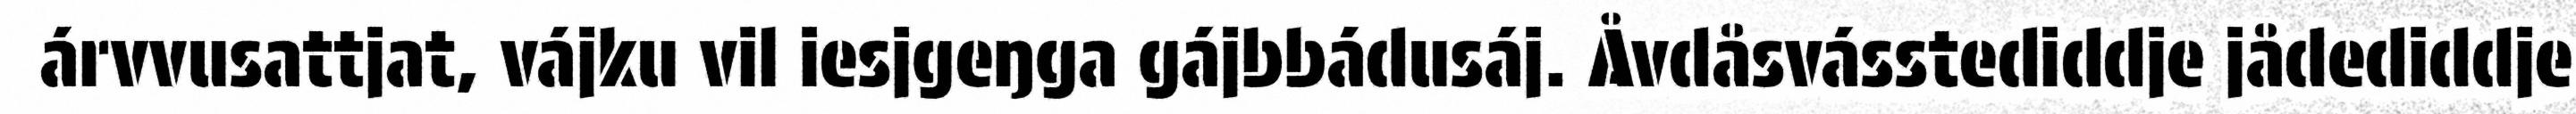
árvvusattjat, vájku vil iesjgeŋga gájbbádusáj. Åvdåsvásstediddje jådediddje